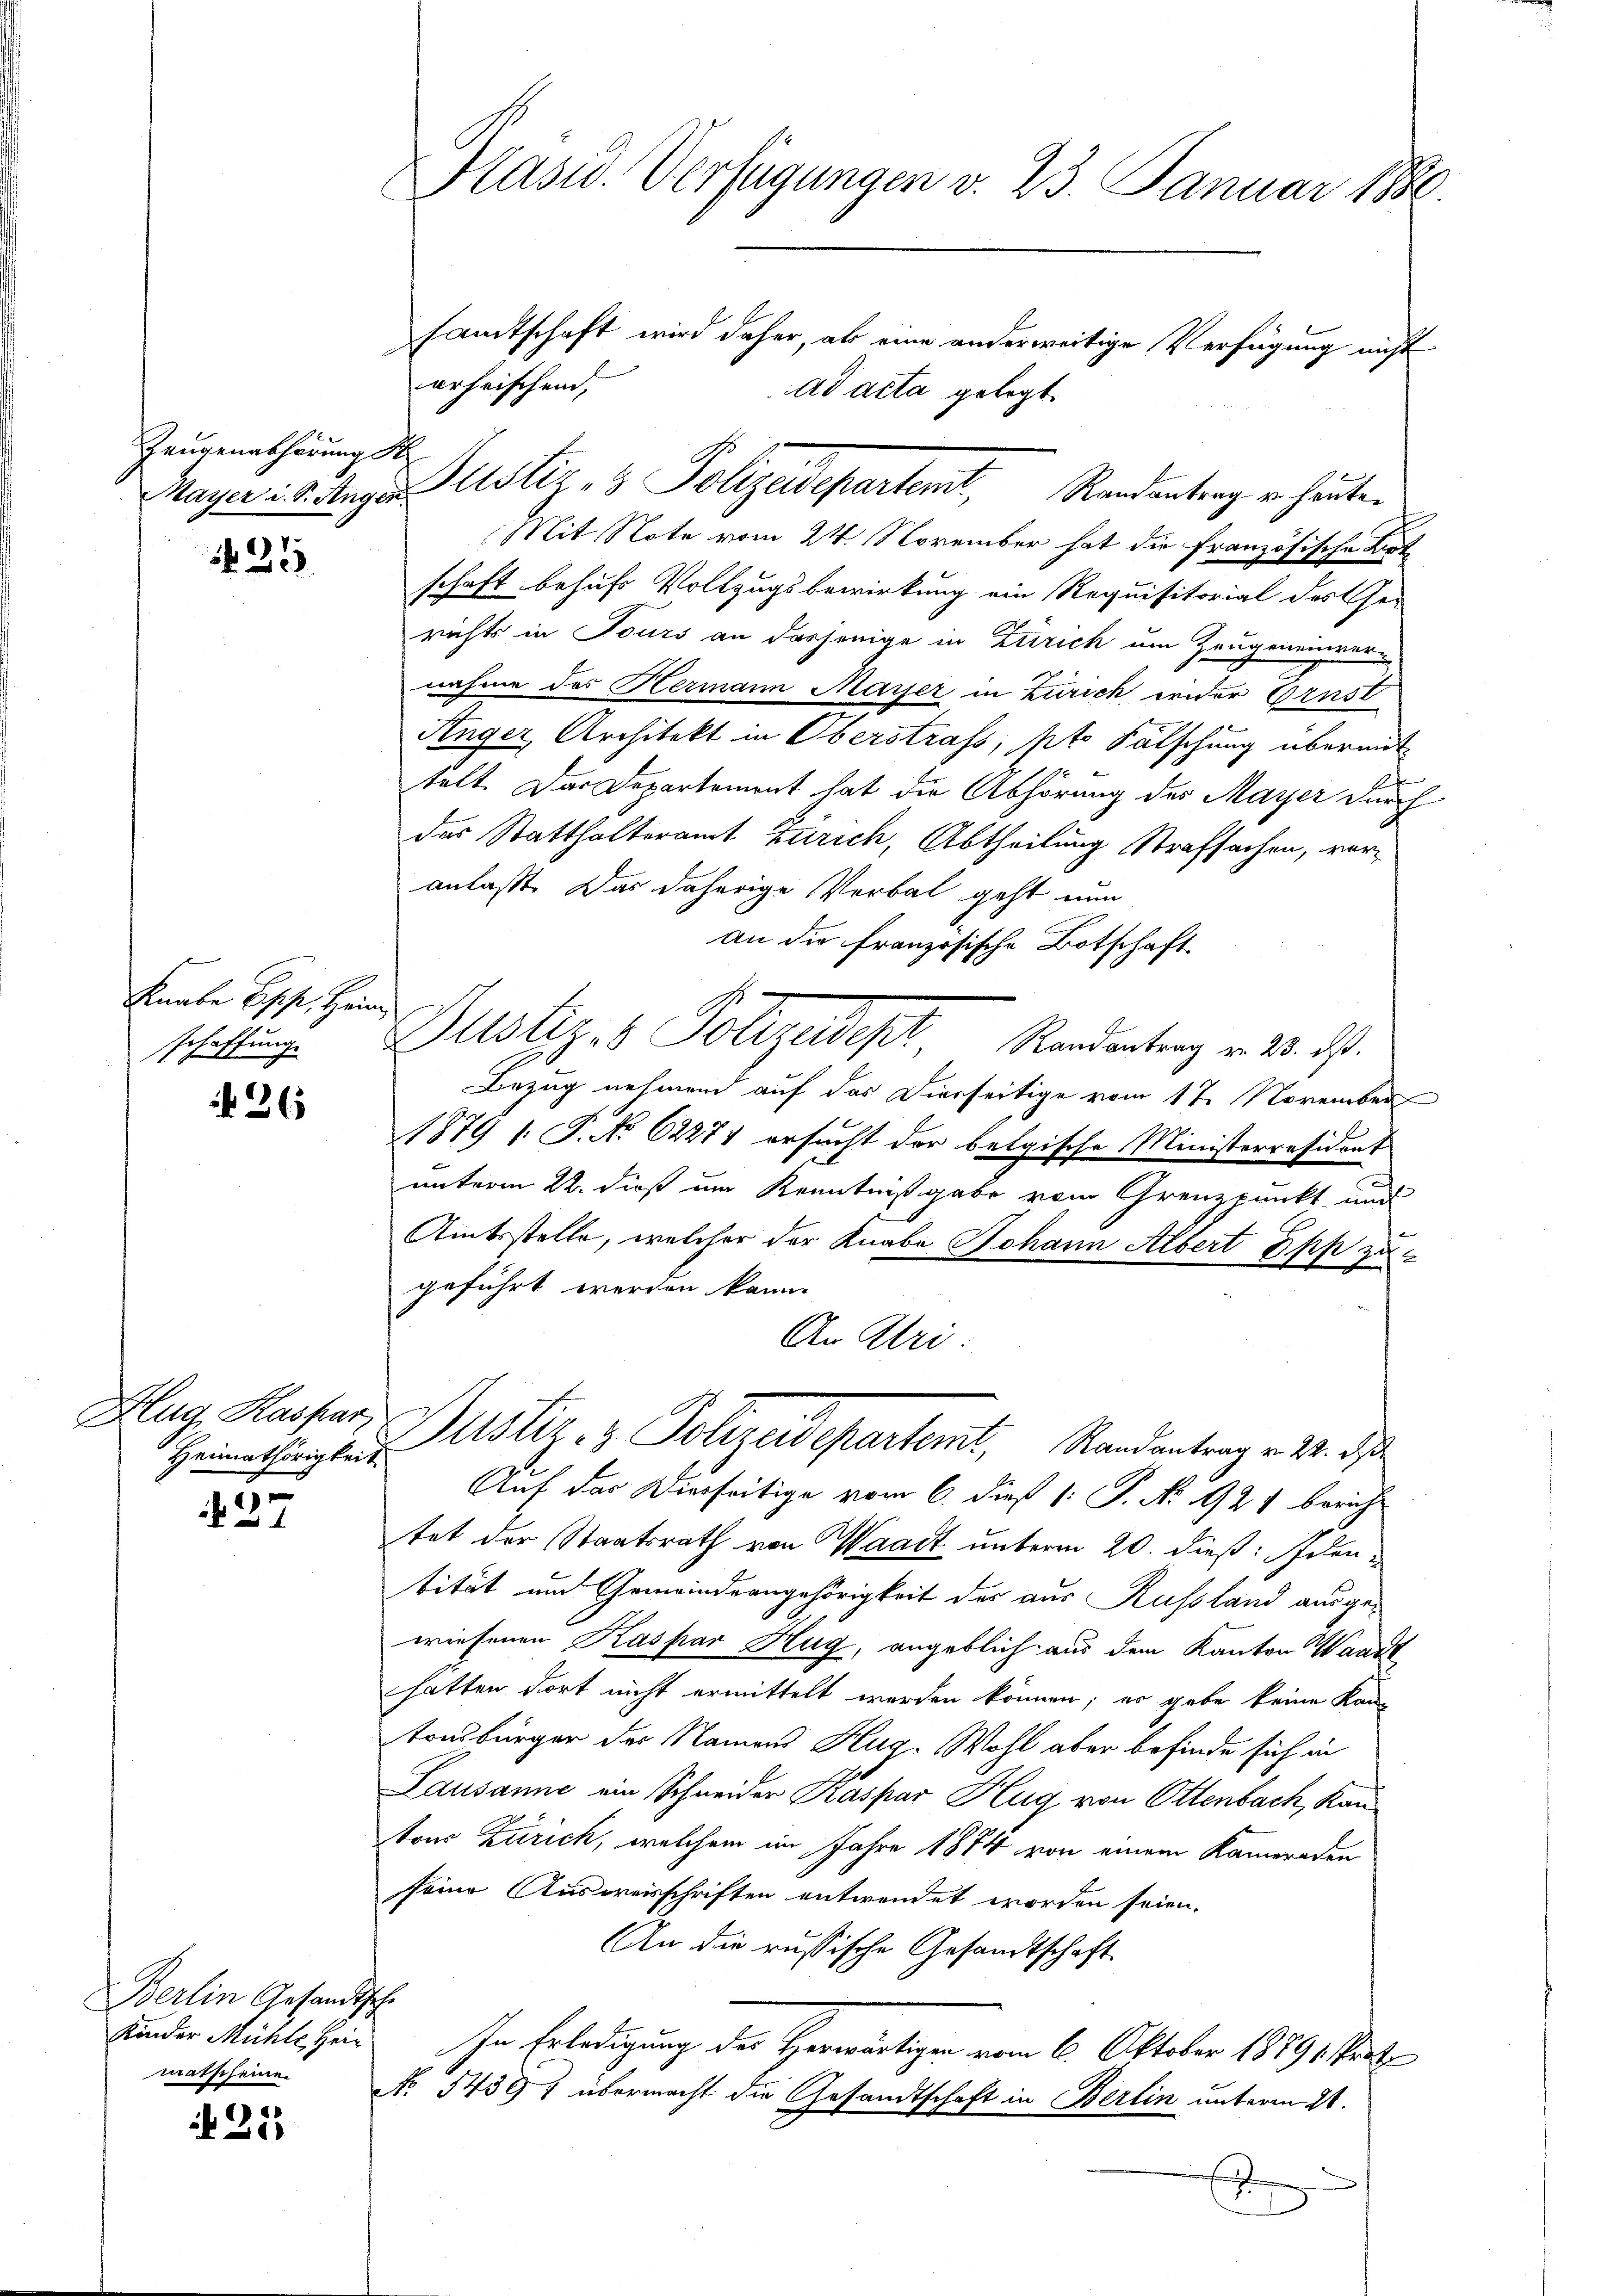
Zeugenabhörung d
Mayer u. S. Augen.

25

t
Knabe Epp, Hein
schaffung.

26

Hlug, Kaspar
Heimathörigkeit

27

Berlin Gesandthe
Kinder Mühle Hein
matsseine

211

Präsid. Verfügungen v. 23. Januar 1890.

sandtschaft wird daher, als eine anderweitige Verfügung nicht
erheischend,
ad acta gelegt.
Mit Note vom 24. November hat die französische Kart
schaft behufs Vollzugsbewirkung ein Requisitorial des Ge-
richts in Tours an dasjenige in Zürich um Zeugenenver-
nahme des Hermann Mayer in Zürich wider Ernst
Anger Architekt in Oberstrass, pt Fälschung übermit
telt. Das Departement hat die Abhörung des Mayer durch
der Statthalteramt Zürich, Abtheilung Strafsachen, veranlaßt. Das daherige Verbal geht nun
an die Französische Botschaft
22
Justiz- & Polizedept. Randertrag v. 23. ds.
Bezug nehmend auf das Vierseitige vom 17. November
1879 /: P. No 62274 ersucht der belgische Ministerresident
unterm 22. dieß um Kenntnißgabe vom Grenzpunkt und
Amtsstelle, welcher der Knabe Johann Albert Ipp zu
geführt werden kann.
An Uri.
Justiz- & Polizeidepartemt, Standentrag v. M. das
Auf das Dierseitige vom 6. dieß 1: P. No. 921 beruhe
tet der Staatsrath von Waadt unterm 20. dieß: Identität und Gemeindrangehörigkeit der aus Russland ausgewiesenen Kaspar Hug, angeblich aus dem Kanton Waare
hatten dort nicht ermittelt werden können; er gabe keine Kantonsbürger der Namens Hug. Wohl aber befinde sich in
Lausanne ein Schneider Kaspar Hug von Ottenbach, Kantons Zürich, welchem im Jahre 1874 von einem Kameraden
seine Ausweisschriften entwendet worden seien.
An die russische Gesandtschaft
the
In Erledigung der Herwärtigen vom 6. Oktober 18891 ent
No. 54591 übermacht die Gesandtschaft in Berlin unterm 21.
d

Justiz & Polizeidepartent, Randantrag u. heute.